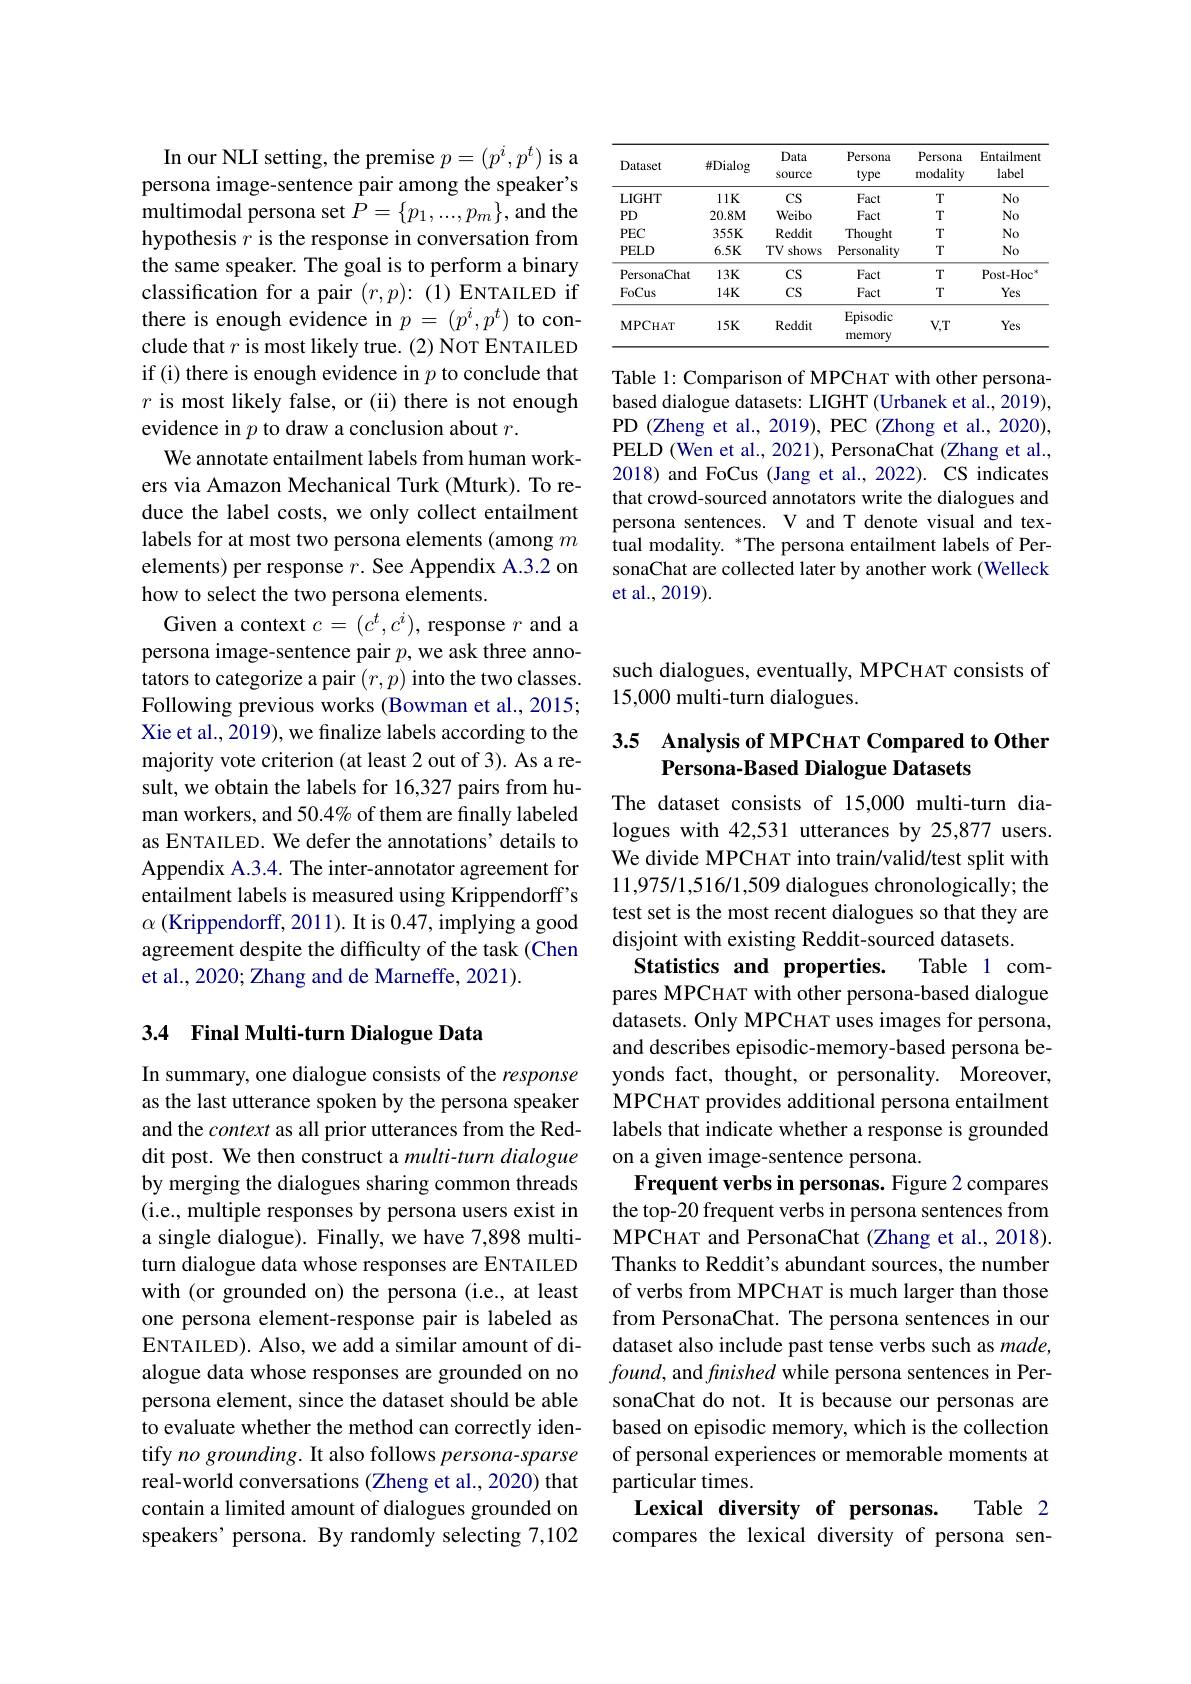
<table>
	<tbody>
		<tr>
			<th>Dataset</th>
			<th>$\#$Dialog</th>
			<th>Data source</th>
			<th>Persona type</th>
			<th>Persona modality</th>
			<th>Entailment label</th>
		</tr>
		<tr>
			<td>LIGHT</td>
			<td>$11K$</td>
			<td>$CS$</td>
			<td>Fact</td>
			<td>$T$</td>
			<td>$No$</td>
		</tr>
		<tr>
			<td>$PD$</td>
			<td>20.8M</td>
			<td>Weibo</td>
			<td>Fact</td>
			<td>$T$</td>
			<td>$No$</td>
		</tr>
		<tr>
			<td>$PEC$</td>
			<td>$355K$</td>
			<td>Reddit</td>
			<td>Thought</td>
			<td>$T$</td>
			<td>$No$</td>
		</tr>
		<tr>
			<td>$PELD$</td>
			<td>$6.5K$</td>
			<td>TVs shows</td>
			<td>Personality</td>
			<td>$T$</td>
			<td>$No$</td>
		</tr>
		<tr>
			<td>PersonaChat</td>
			<td>$13K$</td>
			<td>$CS$</td>
			<td>Fact</td>
			<td>$T$</td>
			<td>Post- Hoc -1</td>
		</tr>
		<tr>
			<td>FoCus</td>
			<td>$14K$</td>
			<td>$CS$</td>
			<td>Fact</td>
			<td>$T$</td>
			<td>Yes</td>
		</tr>
		<tr>
			<td>MPCHAT</td>
			<td>$15K$</td>
			<td>Reddit</td>
			<td>Episodic memory</td>
			<td>$V,T$</td>
			<td>Yes</td>
		</tr>
	</tbody>
</table>

Table 1: Comparison of MPCHAT with other personabased dialogue datasets: LIGHT (Urbanek et al., 2019), PD (Zheng et al., 2019), PEC (Zhong et al., 2020), PELD (Wen et al., 2021), PersonaChat (Zhang et al., 2018) and FoCus (Jang et al., 2022). CS indicates that crowd-sourced annotators write the dialogues and persona sentences. V and T denote visual and textual modality. *The persona entailment labels of PersonaChat are collected later by another work (Welleck et al.,2019).

In our NLI setting, the premise $p=(p^{i},p^{t})$ is a persona image-sentence pair among the speaker's multimodal persona set $P=\{p_1,...,p_m\}$, and the hypothesis $r$ is the response in conversation from the same speaker. The goal is to perform a binary classification for a pair $(r,p)\colon(1)$ENTAILED if there is enough evidence in $p=(p^i,p^t)$ to conclude that $r$ is most likely true. (2) NoT ENTAILED if (i) there is enough evidence in $p$ to conclude that $r$ is most likely false, or (ii) there is not enough evidence in $p$ to draw a conclusion about $r.$
We annotate entailment labels from human workers via Amazon Mechanical Turk (Mturk). To reduce the label costs, we only collect entailment labels for at most two persona elements (among $m$ elements) per response $r.$ See Appendix A.3.2 on how to select the two persona elements.
Given a context $c=(c^t,c^i)$, response $r$ and a persona image-sentence pair $p$,we ask three annotators to categorize a pair $(r,p)$ into the two classes. Following previous works (Bowman et al., 2015; Xie et al., 2019), we finalize labels according to the majority vote criterion (at least 2 out of 3). As a result, we obtain the labels for 16,327 pairs from human workers, and 50.4% of them are finally labeled as ENTAILED. We defer the annotations' details to Appendix A.3.4. The inter-annotator agreement for entailment labels is measured using Krippendorff's $\alpha$ (Krippendorff, 2011). It is 0.47, implying a good agreement despite the difficulty of the task (Chen et al., 2020; Zhang and de Marneffe, 2021).

## 3.4 Final Multi-turn Dialogue Data

In summary, one dialogue consists of the response as the last utterance spoken by the persona speaker and the context as all prior utterances from the Reddit post. We then construct a multi-turn dialogue by merging the dialogues sharing common threads (i.e., multiple responses by persona users exist in a single dialogue). Finally, we have 7,898 multiturn dialogue data whose responses are ENTAILED with (or grounded on) the persona (i.e., at least one persona element-response pair is labeled as ENTAILED). Also, we add a similar amount of dialogue data whose responses are grounded on no persona element, since the dataset should be able to evaluate whether the method can correctly identify no grounding. It also follows persona-sparse real-world conversations (Zheng et al., 2020) that contain a limited amount of dialogues grounded on speakers' persona. By randomly selecting 7,102

such dialogues, eventually, MPCHAT consists of
15,000 multi-turn dialogues.

## 3.5 Analysis of MPCHAT Compared to Other Persona-Based Dialogue Datasets

The dataset consists of 15,000 multi-turn dialogues with 42,531 utterances by 25,877 users. We divide MPCHAT into train/valid/test split with 11,975/1,516/1,509 dialogues chronologically; the test set is the most recent dialogues so that they are disjoint with existing Reddit-sourced datasets.
Table 1 com-
Statistics and properties.
pares MPCHAT with other persona-based dialogue datasets. Only MPCHAT uses images for persona, and describes episodic-memory-based persona beyonds fact, thought, or personality. Moreover, MPCHAT provides additional persona entailment labels that indicate whether a response is grounded on a given image-sentence persona.
Frequent verbs in personas. Figure 2 compares the top-20 frequent verbs in persona sentences from MPCHAT and PersonaChat (Zhang et al., 2018). Thanks to Reddit's abundant sources, the number of verbs from MPCHAT is much larger than those from PersonaChat. The persona sentences in our dataset also include past tense verbs such as made, $found$, and finished while persona sentences in PersonaChat do not. It is because our personas are based on episodic memory, which is the collection of personal experiences or memorable moments at particular times.
Lexical diversity of personas.
Table 2

# compares the lexical diversity of persona sen-